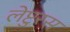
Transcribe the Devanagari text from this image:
लेप्टुरस